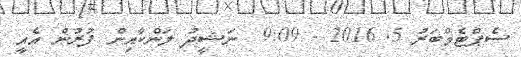
ސެޕްޓެމްބަރު 5